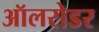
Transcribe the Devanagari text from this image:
ऑलरोडर